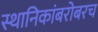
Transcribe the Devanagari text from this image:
स्थानिकांबरोबरच